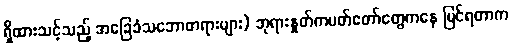
ရှိထားသင့်သည့် အခြေခံသဘောတရားများ) ဘုရားနှုတ်ကပတ်တော်တွေကနေ မြင်ရတာက